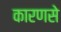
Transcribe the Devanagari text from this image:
कारणसे